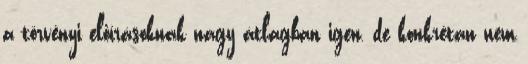
a törvényi előírásoknak nagy átlagban igen, de konkrétan nem